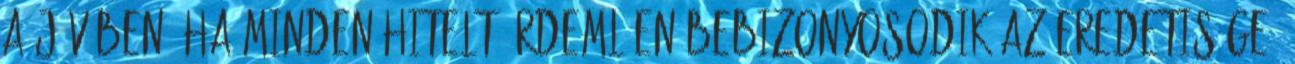
A jövőben, ha minden hitelt érdemlően bebizonyosodik az eredetisége,